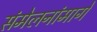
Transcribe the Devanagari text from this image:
संमेलनांमागे